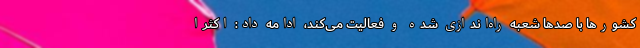
کشورها با صدها شعبه راه‌اندازی شده و فعالیت می‌کند، ادامه داد: اکثرا